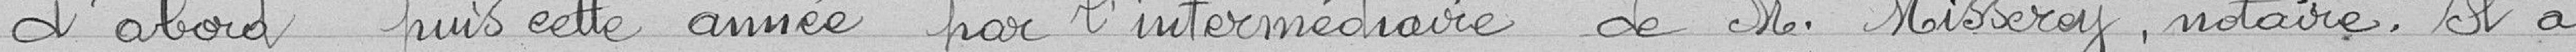
d'abord, puis cette année par l'intermédiaire de M. Misserrey, notaire. Il a